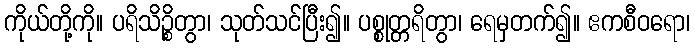
ကိုယ်တို့ကို။ ပရိသိဉ္စိတွာ၊ သုတ်သင်ပြီး၍။ ပစ္စုတ္တရိတွာ၊ ရေမှတက်၍။ ဧကစီဝရော၊